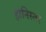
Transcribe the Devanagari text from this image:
हानिस्तर